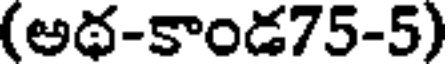
(అథ-కాండ75-5)